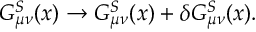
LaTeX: G _ { \mu \nu } ^ { S } ( x ) \rightarrow G _ { \mu \nu } ^ { S } ( x ) + \delta G _ { \mu \nu } ^ { S } ( x ) .